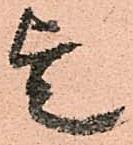
欤